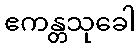
ဧကန္တသုခေါ